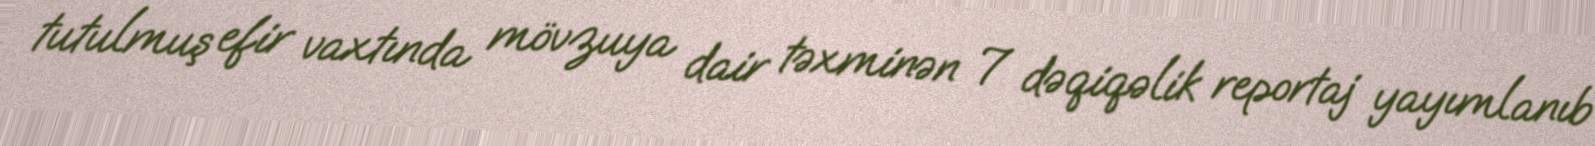
tutulmuş efir vaxtında mövzuya dair təxminən 7 dəqiqəlik reportaj yayımlanıb